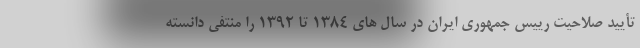
تأیید صلاحیت رییس جمهوری ایران در سال های 1384 تا 1392 را منتفی دانسته